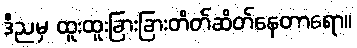
ဒီညမှ ထူးထူးခြားခြားတိတ်ဆိတ်နေတာရော။